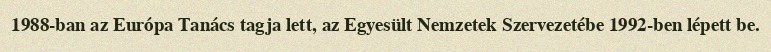
1988-ban az Európa Tanács tagja lett, az Egyesült Nemzetek Szervezetébe 1992-ben lépett be.